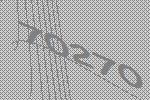
70270